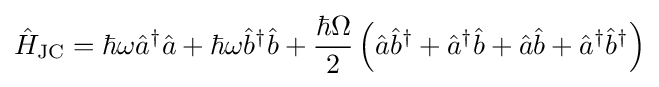
{\hat {H}}_{\text{JC}}=\hbar \omega {\hat {a}}^{\dagger }{\hat {a}}+\hbar \omega {\hat {b}}^{\dagger }{\hat {b}}+{\frac {\hbar \Omega }{2}}\left({\hat {a}}{\hat {b}}^{\dagger }+{\hat {a}}^{\dagger }{\hat {b}}+{\hat {a}}{\hat {b}}+{\hat {a}}^{\dagger }{\hat {b}}^{\dagger }\right)